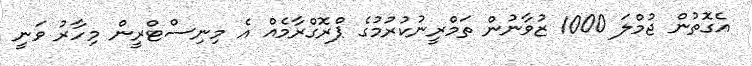
އެގޮތުން ޖުމްލަ 1000 ޒުވާނުން ތަމްރީނުކުރުމުގެ ޕްރޮގްރާމެއް އެ މިނިސްޓްރީން މިހާރު ވަނީ